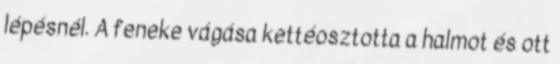
lépésnél. A feneke vágása kettéosztotta a halmot és ott